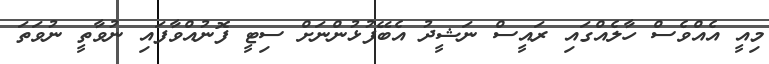
މިއީ އެއްވެސް ހާލެއްގައި ރައީސް ނަޝީދު އެބޭފުޅުންނަށް ސިޓީ ފޮނުއްވާފައި ނުވާތީ ނުވަތަ